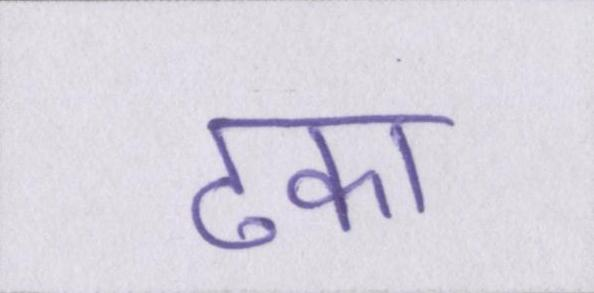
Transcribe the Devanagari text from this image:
ढका